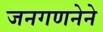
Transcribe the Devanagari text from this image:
जनगणनेने